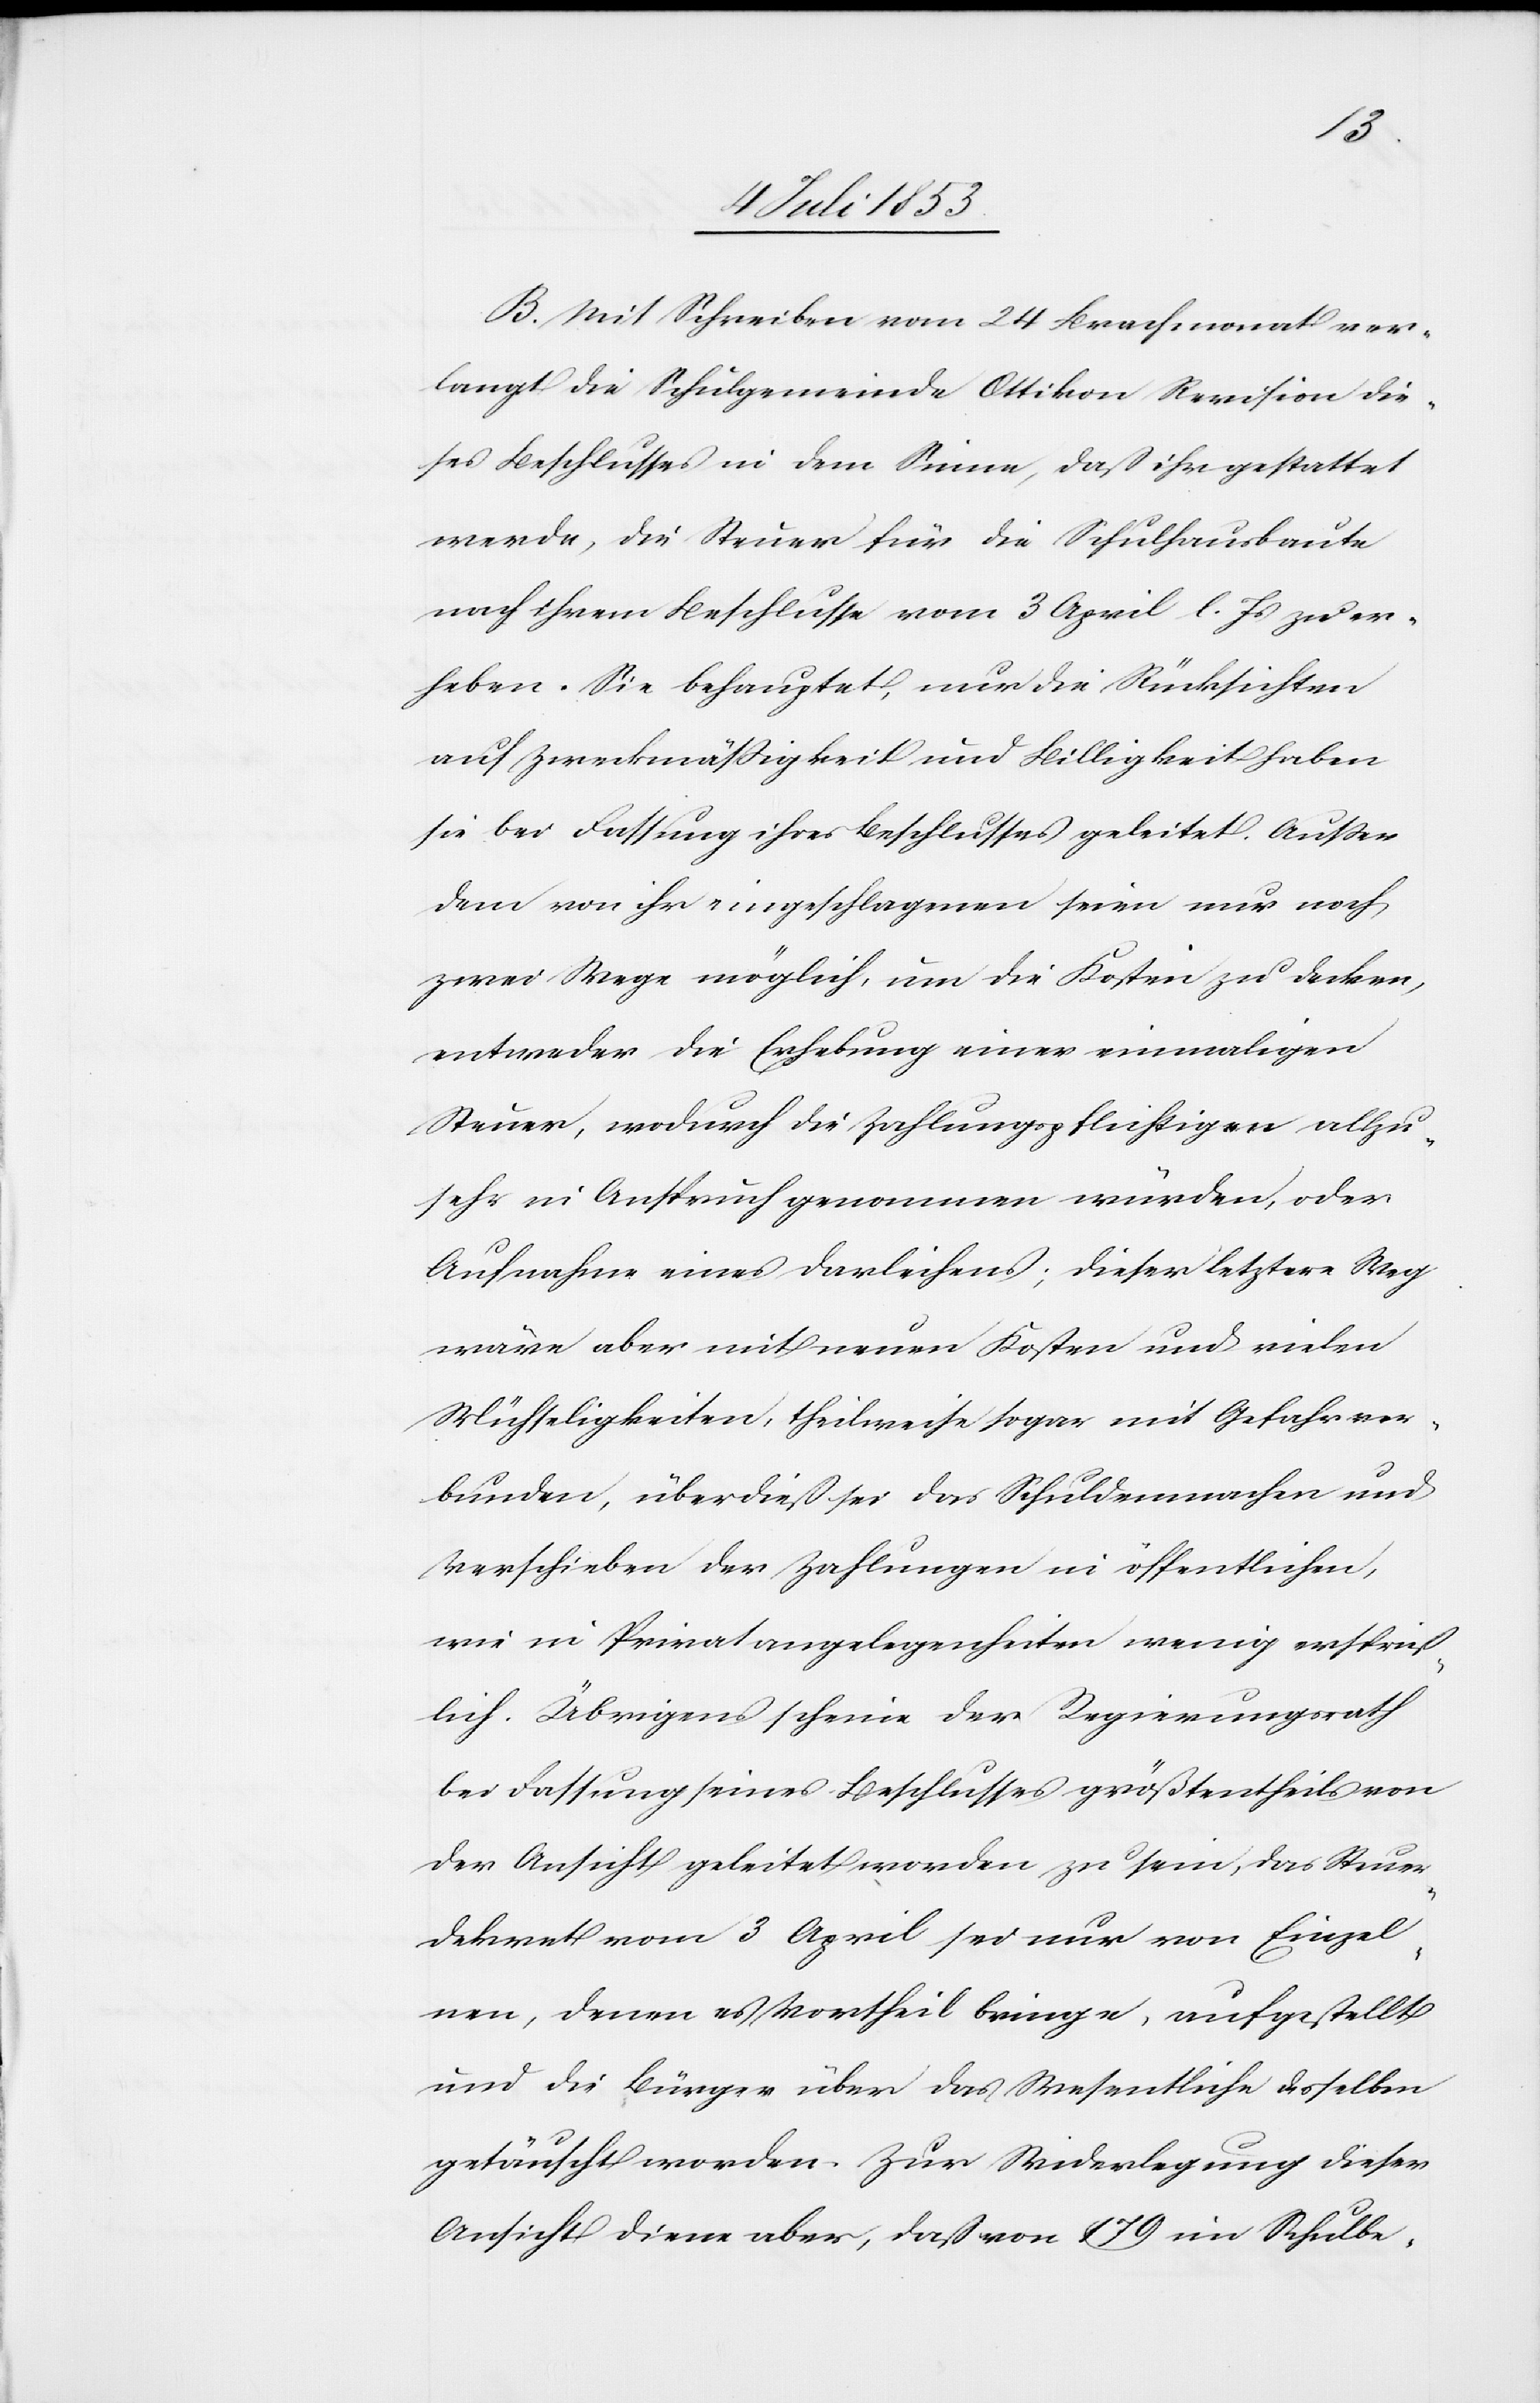
B. Mit Schreiben vom 24 Brachmonat ver¬
langt die Schulgemeinde Ottikon Revision die¬
ses Beschlusses in dem Sinne, daß ihr gestattet
werde, die Steuer für die Schulhausbaute
nach ihrem Beschlusse vom 3 April d. Js. zu er¬
heben. Sie behauptet, nur die Rücksichten
auf Zweckmäßigkeit und Billigkeit haben
sie bei Fassung ihres Beschlusses geleitet. Außer
dem von ihr eingeschlagenen seien nur noch
zwei Wege möglich, um die Kosten zu decken,
entweder die Erhebung einer einmaligen
Steuer, wodurch die Zahlungspflichtigen allzu¬
sehr in Anspruch genommen würden, oder
Aufnahme eines Darleihens; dieser letztere Weg
wäre aber mit neuen Kosten und vielen
Mühseligkeiten, theilweise sogar mit Gefahr ver¬
bunden, überdieß sei das Schuldenmachen und
Verschieben der Zahlungen im öffentlichen,
wie in Privatangelegenheiten wenig ersprieß¬
lich. Übrigens scheine der Regierungsrath
bei Fassung seines Beschlusses größtentheils von
der Ansicht geleitet worden, zu sein, das Steuer¬
dekret vom 3 April sei nur von Einzel¬
nen, denen es Vortheil bringe, aufgestellt
und die Bürger über das Wesentliche desselben
getäuscht worden. Zur Widerlegung dieser
Ansicht diene aber, daß von 179 im Schuldbe-